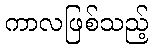
ကာလဖြစ်သည့်